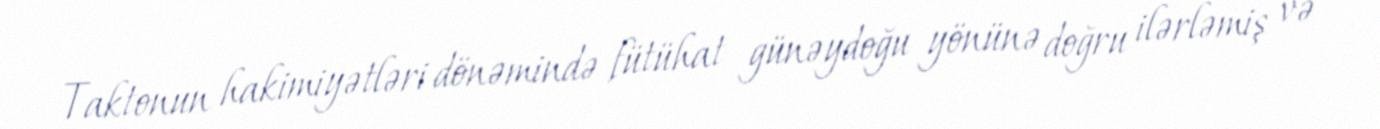
Taktonun hakimiyətləri dönəmində fütühat günəydoğu yönünə doğru ilərləmiş və